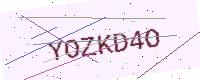
Text: YOZKD4O